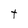
Character: t